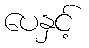
ပေနှင့်